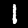
Label: 1